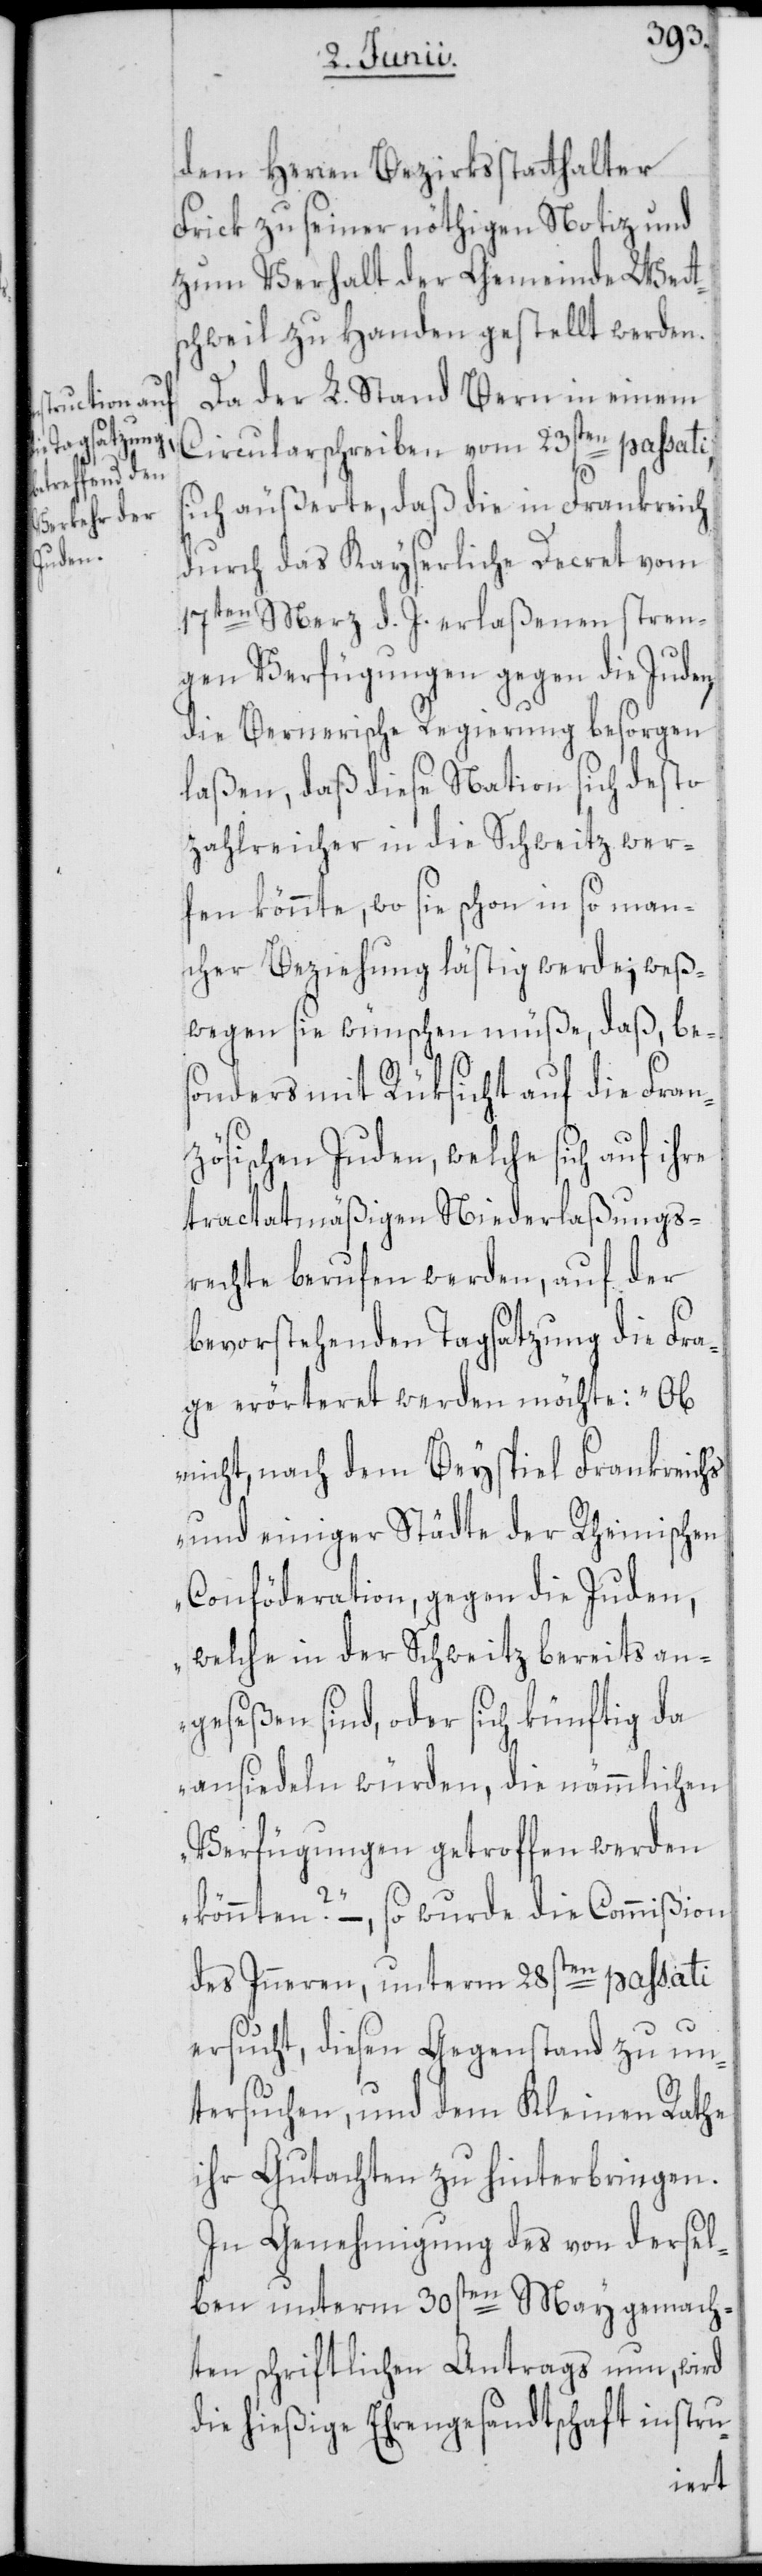
dem Herren Bezirksstatthalter
Frick zu seiner nöthigen Notiz und
zum Verhalt der Gemeinde Wett¬
schweil zu Handen gestellt werden.
Da der L. Stand Bern in einem
Circularschreiben vom 23sten passati,
sich äußerte, daß die in Frankreich
durch das Kayserliche Decret vom
17ten Merz d. J. erlaßenen stren¬
gen Verfügungen gegen die Juden,
die Bernerische Regierung besorgen
laßen, daß diese Nation sich desto
zahlreicher in die Schweitz wer¬
fen könnte, wo sie schon in so man¬
cher Beziehung lästig werde; weß¬
wegen sie wünschen müße, daß, bes¬
onders mit Rüksicht auf die Fran¬
zösischen Juden, welche sich auf ihre
tractatmäßigen Niederlaßungs¬
rechte berufen werden, auf der
bevorstehenden Tagsatzung die Fra¬
ge erörteret werden möchte: „Ob
nicht, nach dem Beyspiel Frankreichs
und einiger Städte der Rheinischen
Conföderation, gegen die Juden,
welche in der Schweitz bereits an¬
geseßen sind, oder sich künftig da
ansiedeln würden, die nämmlichen
Verfügungen getroffen werden
könnten?“ –, so wurde die Commißion
des Inneren, unterm 28sten passati
ersucht, diesen Gegenstand zu un¬
tersuchen, und dem Kleinen Rathe
ihr Gutachten zu hinterbringen.
In Genehmigung des von dersel¬
ben unterm 30sten May gemach¬
ten schriftlichen Antrags nun, wird
die hießige Ehrengesandtschaft instru-